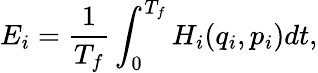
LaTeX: E_{i}=\frac{1}{T_{f}}\int_{0}^{T_{f}}H_{i}(q_{i},p_{i})dt,